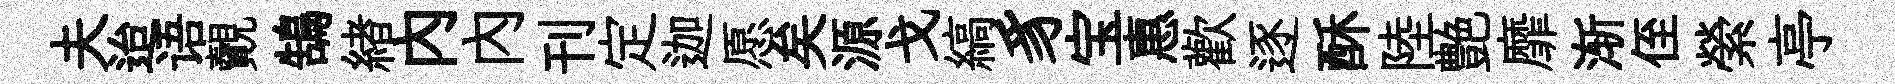
夫迨语覿鵠緖内內刊定迦愿矣源戈縞豸宝惠歡逐酥陸艶靡渐侄縈亭